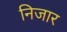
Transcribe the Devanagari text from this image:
निजार